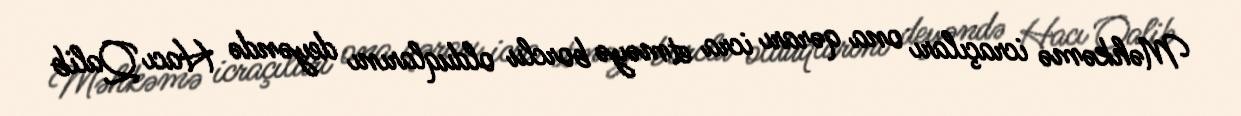
Məhkəmə icraçıları ona qərarı icra etməyə borclu olduqlarını deyəndə Hacı Qalib